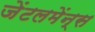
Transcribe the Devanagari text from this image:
जेंटलमेंन्स